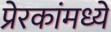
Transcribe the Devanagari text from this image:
प्रेरकांमध्ये